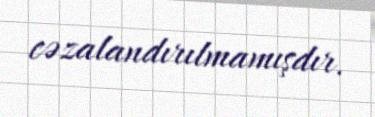
cəzalandırılmamışdır.